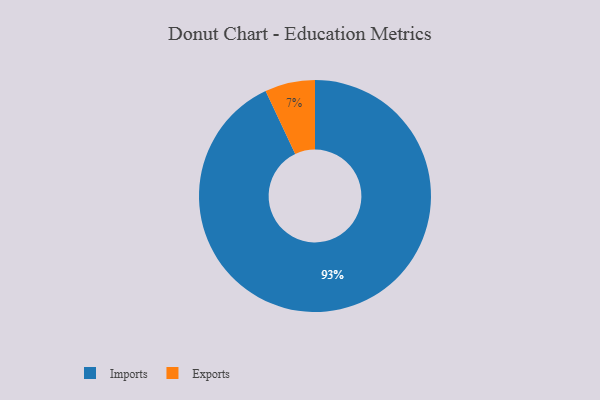
{"axis": {"x": "Category", "y": "Percentage"}, "legend": ["Exports", "Imports"], "data": [{"x": "Exports", "y": 7, "type": "Exports"}, {"x": "Imports", "y": 93, "type": "Imports"}]}